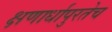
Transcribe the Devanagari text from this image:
क्षणार्धापुरतेच